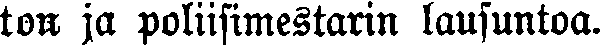
ton ja poliisimestarin lausuntoa.